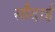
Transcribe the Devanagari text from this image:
सौदार्ह